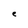
Character: e